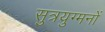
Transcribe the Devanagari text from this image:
सुत्रयुग्मनों